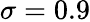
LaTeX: \sigma=0.9